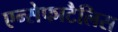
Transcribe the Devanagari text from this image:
एन्सेफाटैलिस